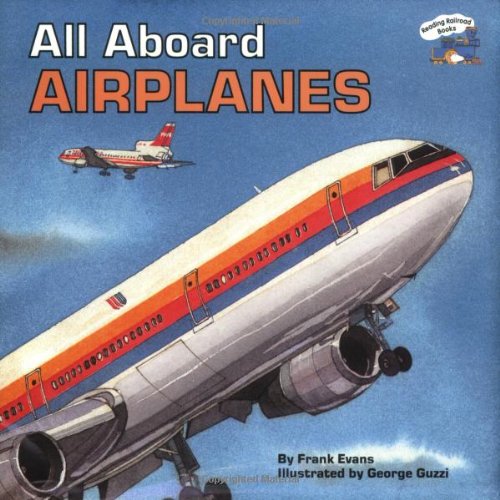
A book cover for All Aboard Airplanes (All Aboard Books); Frank Evans; Children's Books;